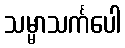
သမ္မာသင်္ကပေါ